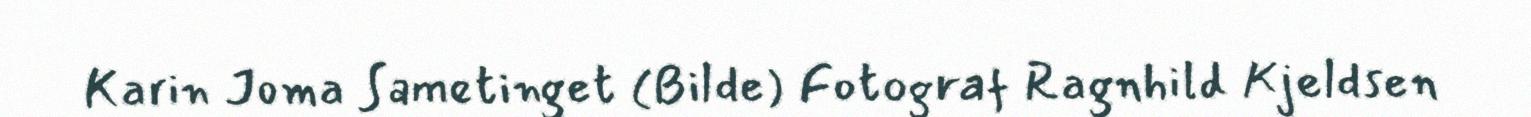
Karin Joma Sametinget (Bilde) Fotograf Ragnhild Kjeldsen